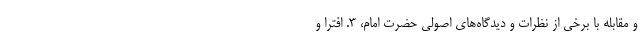
و مقابله با برخی از نظرات و دیدگاه‌های اصولی حضرت امام، ۳. افترا و